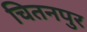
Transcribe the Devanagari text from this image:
चितनपुर